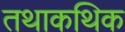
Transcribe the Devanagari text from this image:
तथाकथिक